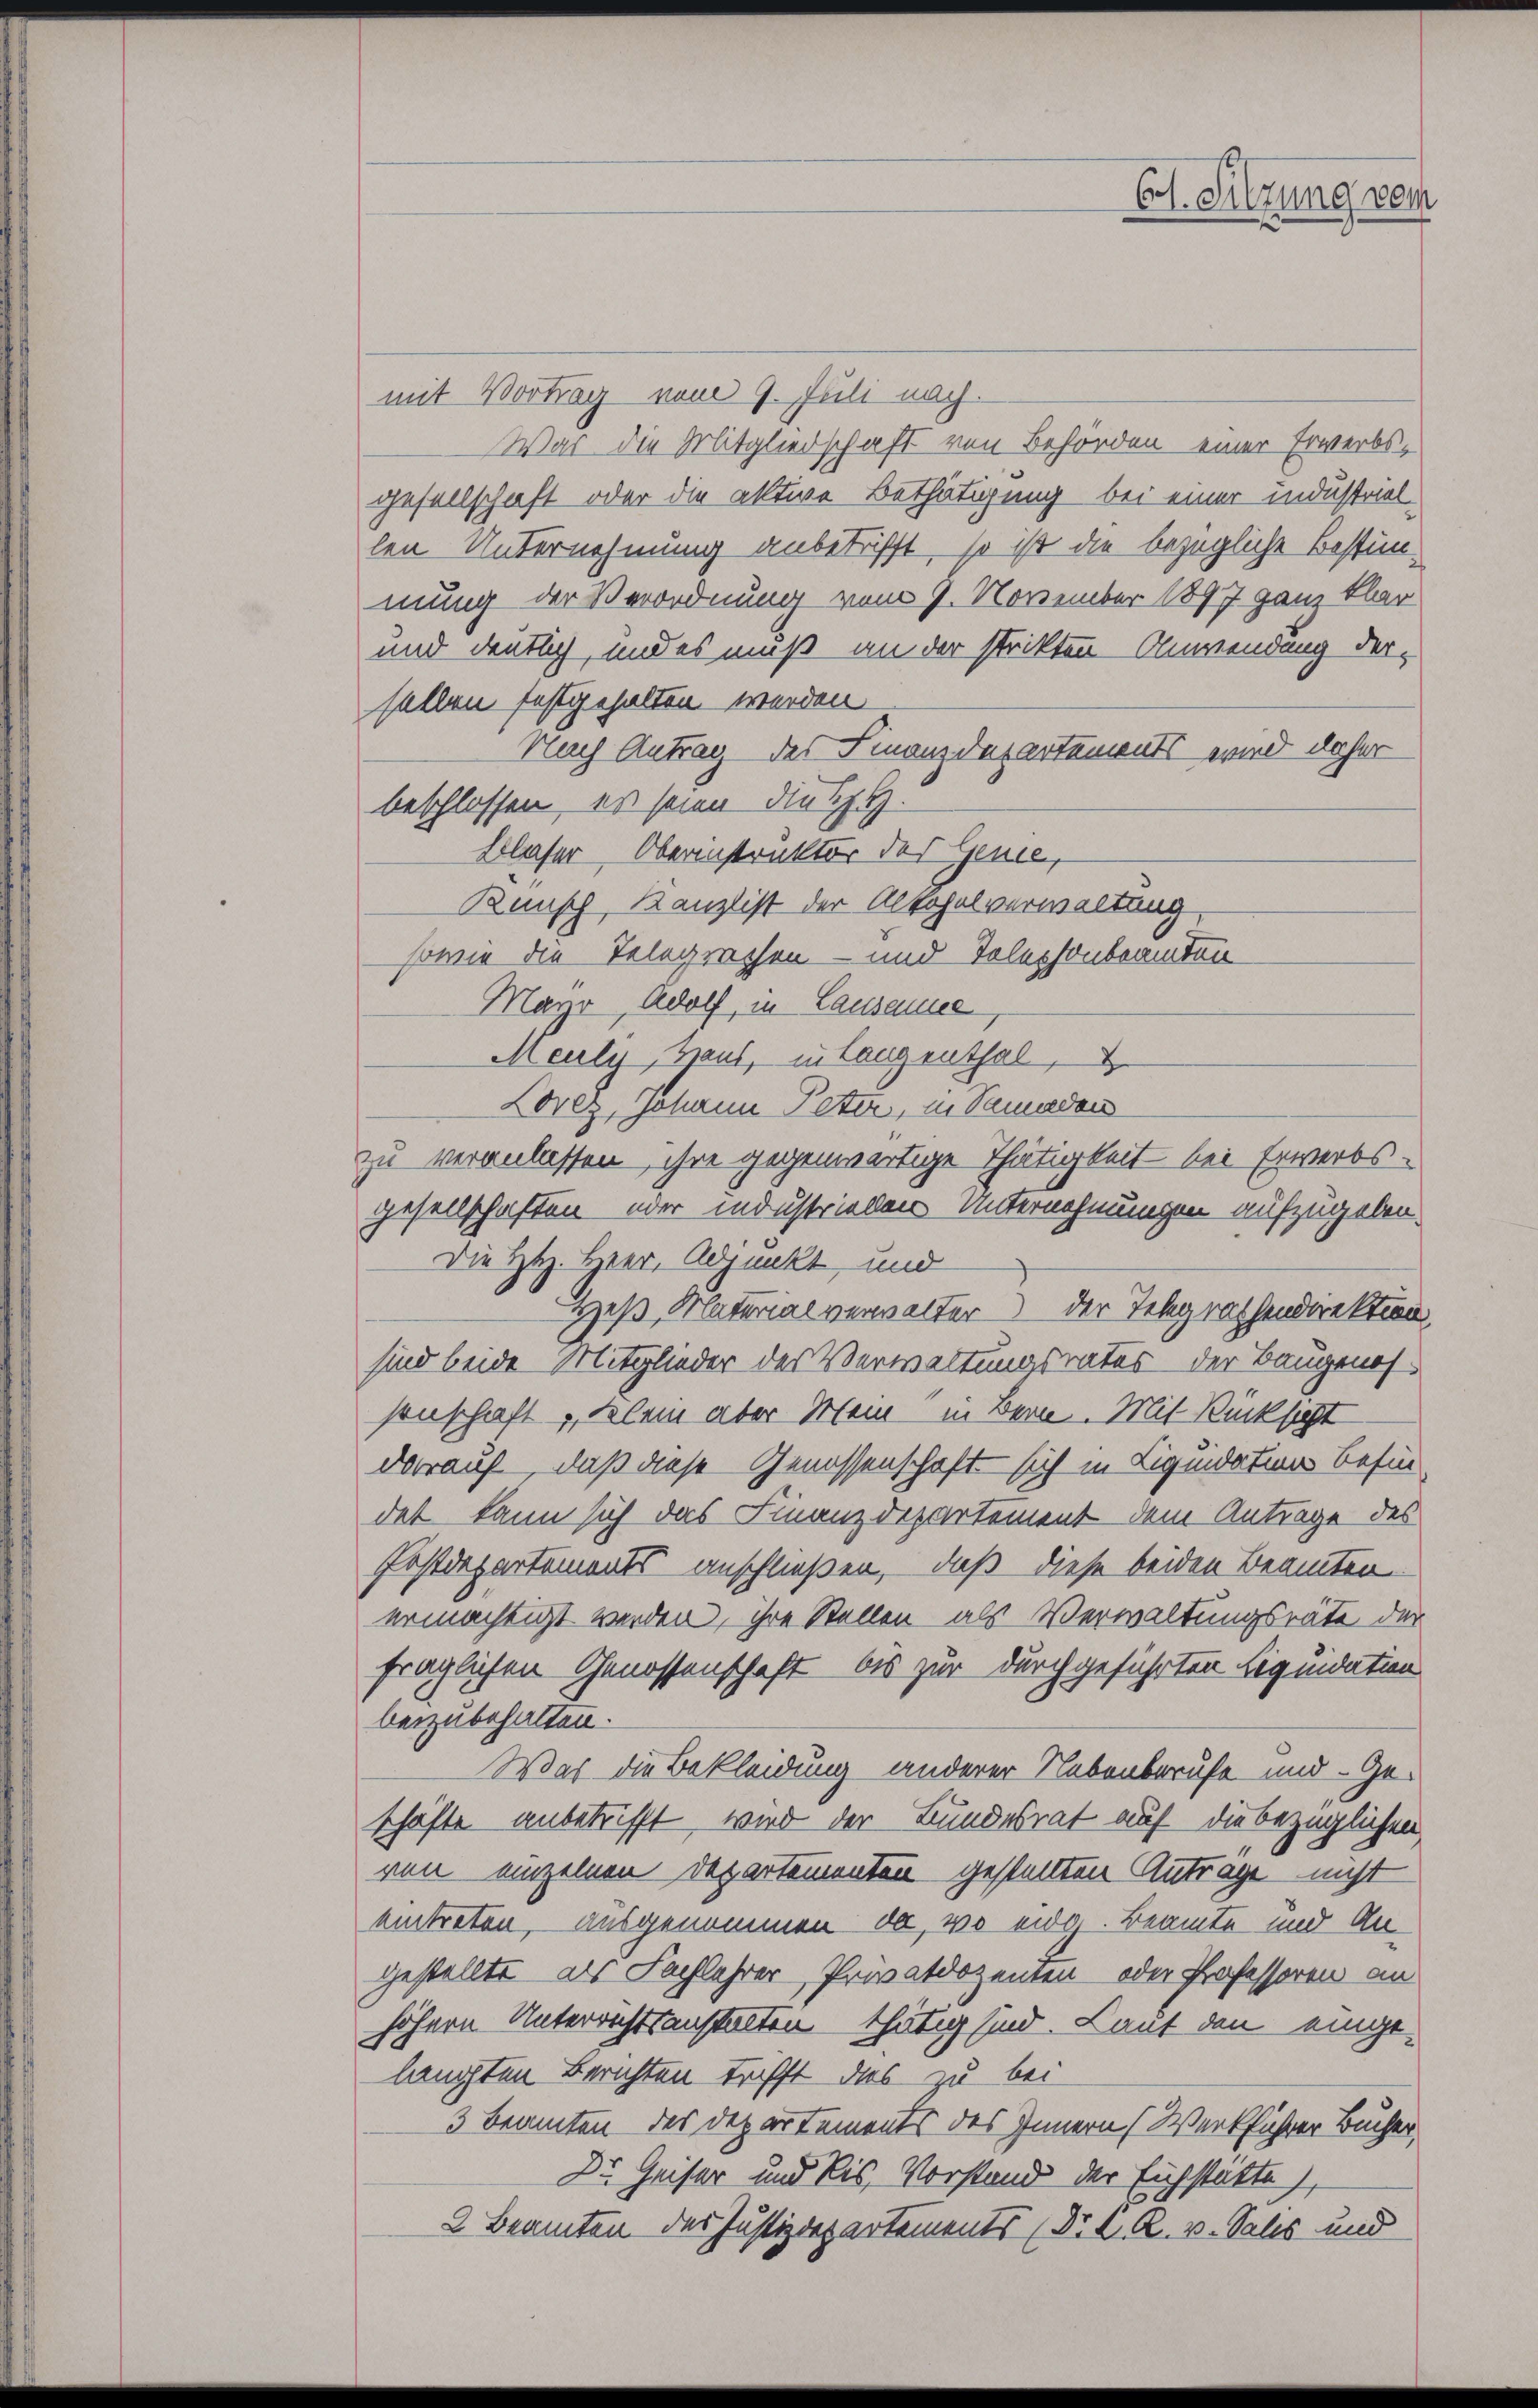
Ct. Sitzung vom

mit Vortrag vom 9. Juli nach.
War die Mitgliedschaft von Behörden einer Erwerbsgesellschaft oder die aktive Bethätigung bei einer industriel
len Unternehmung anbetrifft, so ist die bezügliche Bestimmung der Verordnung vom 9. November 1897 ganz klar
und deutlich, und es muß an der strikten Anwendung der-
sallen festgehalten werden
Nach Antrag des Finanzdepartements wird daher
beschlossen, es seien Dietzt.
Blaser, Oberinstruktor des Genie,
Kunsch, Kanzlist der Altohalverwaltung,
sowie die Telegrechen- und Tolephonbeamten
Mayr, Adolf, in Lausanne
Meuly, Haus, in Langenthal,
Lorez, Johann Peter, in Vandan
zu veranlassen, ihre gegenwärtige Thätigkeit bei Erwerbs-
gesellschaften oder industriellen Unternehmungen aufzugeben.
Die HH. Heer, Adjunkt und
Heß, Materialverwalter der Telegrathendirektion,
sind beide Mitglieder des Verwaltungsrates der Baugenos
senschaft, delei aber Mein in Bern. Mit Rücksicht
darauf, daß diese Genossenschaft sich in Liquidation befin
det kann sich das Finanzdepartement dem Antrage des
Postdepartements anschließen, daß diese beiden Beamten
ermächtigt werden, ihre Stellen als Verwaltungsräte der
fraglichen Genossenschaft bis zur durchgeführten Liquidation
beizubehalten.
Was die Bekleidung anderer Nebenberufe und Geschäfte anbetrifft, wird der Bundesrat auf die bezüglichen
von einzelnen Departementen gestellten Antrage nicht
eitreten, ausgenommen, da, wo eidg. Beamte und Angestellte, als Fachlehrer, Privatdozenten oder Professoren an
höhern Unterrichtsanstalten thätig sind. Laut den einge-
langten Berichten trifft das zu bei
3 Beamten des Departements des Innern (Werkführer Bucher
Dr. Geister und bis, Vorstand der Eichstätte,
2 Beamten der Justizdepartements (Dr. K. R. v. Salis und